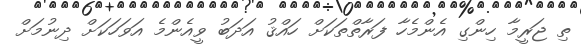
ތި ޖަރީމާ ހިންގި އެންމެހާ ފަރާތްތަކަށް ހައްޤު އަދަބު ވީއެންމެ އަވަހަކަށް ދިނުމަށް